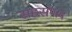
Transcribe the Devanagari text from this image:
सहसंपाद